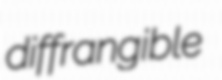
diffrangible